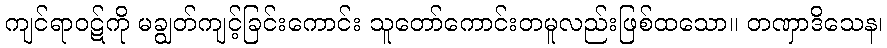
ကျင်ရာဝဋ်ကို မချွတ်ကျင့်ခြင်းကောင်း သူတော်ကောင်းတမူလည်းဖြစ်ထသော။ တဏှာဒိသေန၊